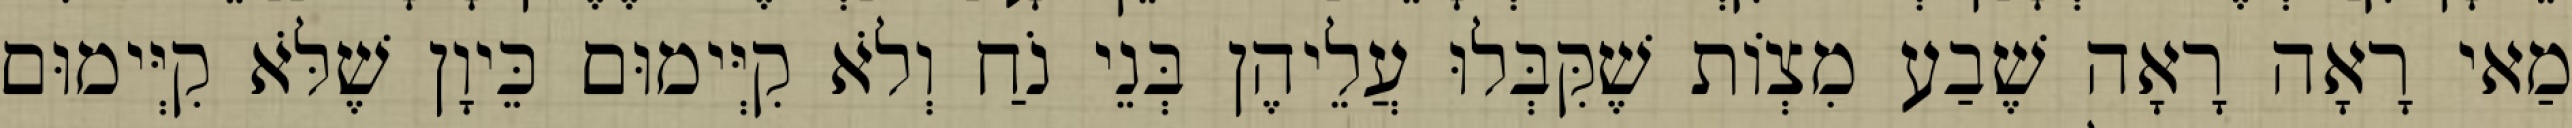
מַאי רָאָה רָאָה שֶׁבַע מִצְוֹת שֶׁקִּבְּלוּ עֲלֵיהֶן בְּנֵי נֹחַ וְלֹא קִיְּימוּם כֵּיוָן שֶׁלֹּא קִיְּימוּם